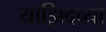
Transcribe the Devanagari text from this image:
याझिदच्या